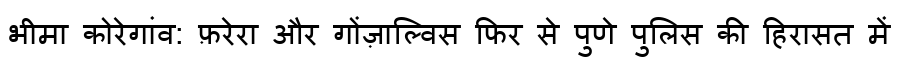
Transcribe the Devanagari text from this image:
भीमा कोरेगांव: फ़रेरा और गोंज़ाल्विस फिर से पुणे पुलिस की हिरासत में